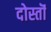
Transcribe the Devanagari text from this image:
दोस्तॊं